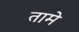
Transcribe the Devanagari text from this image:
तामे